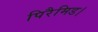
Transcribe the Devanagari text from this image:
पिरैमिड।